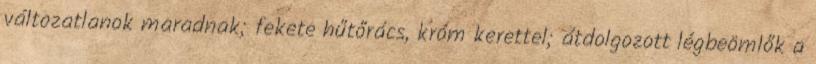
változatlanok maradnak; fekete hűtőrács, króm kerettel; átdolgozott légbeömlők a